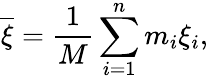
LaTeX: {\overline{{\xi}}}={\frac{1}{M}}\sum_{i=1}^{n}m_{i}\xi_{i},